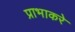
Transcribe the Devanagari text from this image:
प्राभाकरे